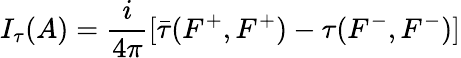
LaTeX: I_{\tau}(A)=\frac{i}{4\pi}[\bar{\tau}(F^{+},F^{+})-\tau{}(F^{-},F^{-})]